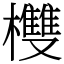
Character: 欆